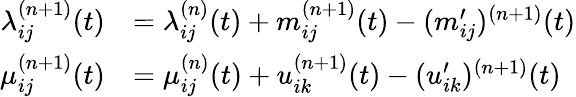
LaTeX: \begin{array}{rl}{\lambda_{ij}^{(n+1)}(t)}&{=\lambda_{ij}^{(n)}(t)+m_{ij}^{(n+1)}(t)-(m_{ij}^{\prime})^{(n+1)}(t)}\\ {\mu_{ij}^{(n+1)}(t)}&{=\mu_{ij}^{(n)}(t)+u_{ik}^{(n+1)}(t)-(u_{ik}^{\prime})^{(n+1)}(t)}\end{array}